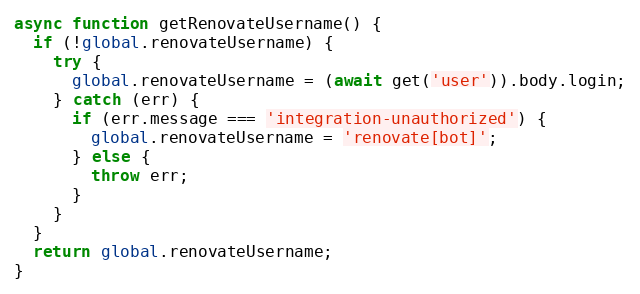
Language: JavaScript
async function getRenovateUsername() {
  if (!global.renovateUsername) {
    try {
      global.renovateUsername = (await get('user')).body.login;
    } catch (err) {
      if (err.message === 'integration-unauthorized') {
        global.renovateUsername = 'renovate[bot]';
      } else {
        throw err;
      }
    }
  }
  return global.renovateUsername;
}